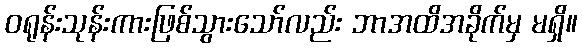
ဝရုန်းသုန်းကားဖြစ်သွားသော်လည်း ဘာအထိအခိုက်မှ မရှိ။